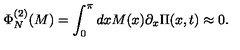
\Phi _ { N } ^ { ( 2 ) } ( M ) = \int _ { 0 } ^ { \pi } d x M ( x ) \partial _ { x } \Pi ( x , t ) \approx 0 .